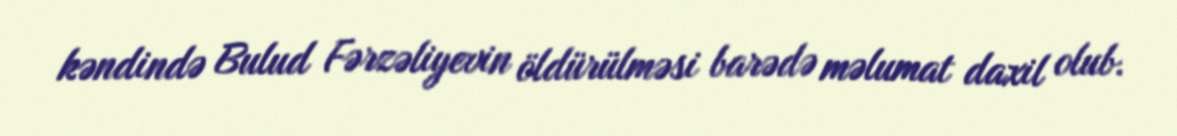
kəndində Bulud Fərzəliyevin öldürülməsi barədə məlumat daxil olub.